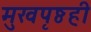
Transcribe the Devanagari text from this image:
मुखपृष्ठही